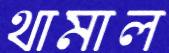
থামাল